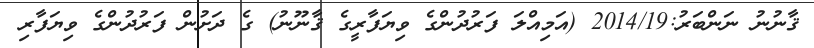
ޤާނުނު ނަންބަރު:2014/19 (އަމިއްލަ ފަރުދުންގެ ވިޔަފާރީގެ ޤާނޫނު) ގެ ދަށުން ފަރުދުންގެ ވިޔަފާރި